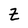
Character: Z